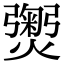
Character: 𭶡